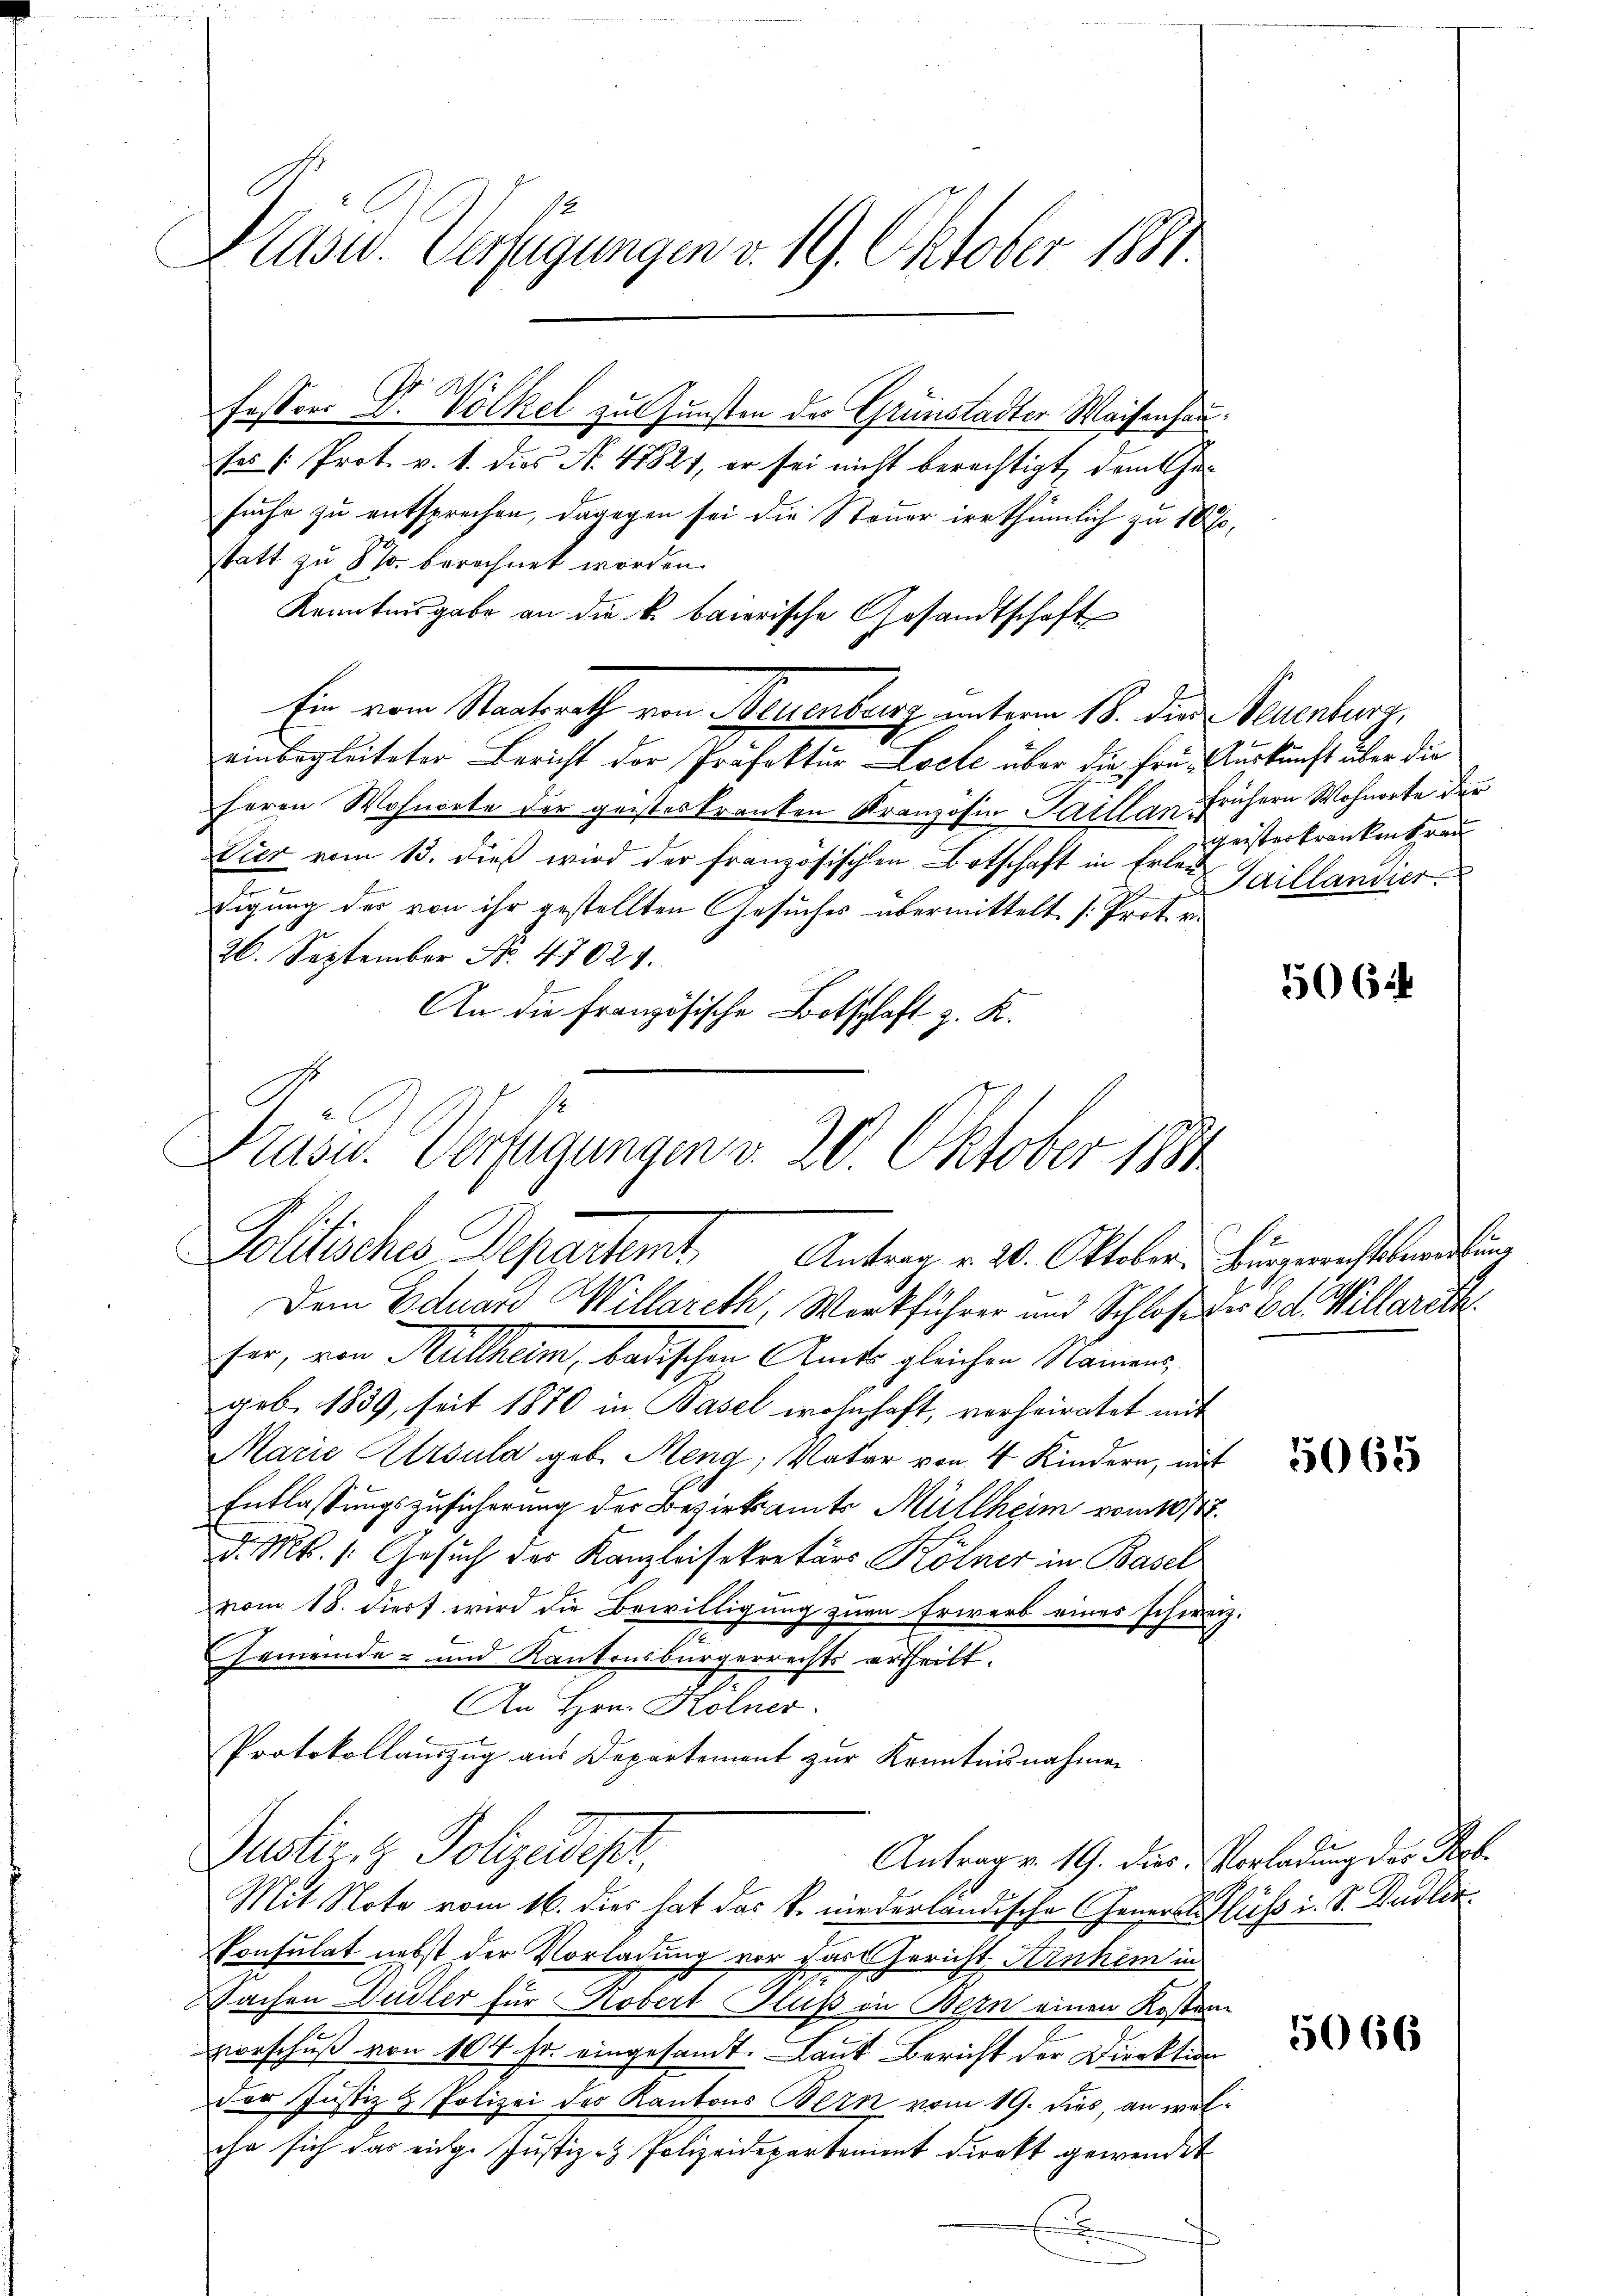
.
Plast. Verfügungen v. 19. Oktober 1881.

fessor Dr. Völkel zu Gunsten der Grunstadter Waisenhau
fes : Prot. v. 1. das No. 47821, er sei nicht berechtigt, dem Gesuche zu entsprochen, dagegen sei die Steuer irrthümlich zu 10
statt zu 8 % berechnet worden.
Kenntnisgabe an die k. baierische Gesandtschaft
einbegleiteter Bericht der Präfektur Loche über die frü- Auskunft über die
feren Wohnorte der geisteskranken Kranzösia Saillan frühern Wohnorte der
Vier vom 13. dieß wird der französischen Botschaft in Erlaudigung des von ihr gestellten Gesuches übermittelt /: Prot. v.
26. September No. 47024.
An die Französische Botschlaft z. K.
Dem Eduard Willareth, Werkführer und Schloß der od. Willarich
ser, von Mittheim, badischen Amts gleichen Namens
geb. 1839, seit 1870 in Basel wohnhaft, verheiratet mit
Marie Ursula geb. Meng; Vater von 4 Kindern, mit
Entlassungszusicherung der Bezirksamts Müllheim vom 10/1
d. Ms. s. Gesuch des Kanzleisekretärs Kölner in Basel
vom 18. diert wird die Bewilligung zur Erwerb eines schweiz
GGemeinde- und Kantonsbürgerrechts ertheilt.
An Hrn. Kölner
Protokollauszug aus Departement zur Kenntnisnahmen
Justiz & Polizeidest,
Antrag v. 19. dies Vorladung des Reb¬
Mit Note vom 16. dies hat das k. niederländische General Fluss i. S. Pudlin.
Konsulat nebst der Vorladung vor das Gericht Arnhem in
Sachen Hudler für Robert Fluß in Bern einen Kosten
vorschuß von 104 fr. eingesandt. Laut Bericht der Direktion
Der Justiz & Polizei des Kantons Bern vom 19. dies, an wil
che sich das eige Justiz- & Polizeidepartement direkt gewendet
E

Präsid. Verfügungen v. 20. Oktober 1891
Politisches Departamt Antrag v. 20. Oktober. Bürgerichtsbeitung

Ein vom Staatsrath von Neuenburg unterm 18. die Neuenburg,

geisterkrankenkran
Faillandier

.

506

5065

.

5066